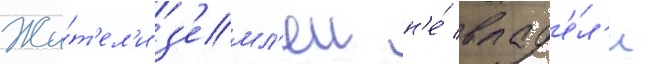
Жи́т'ел'и з'емл'еи н'е́ влад'е́л'и